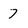
Character: 7